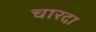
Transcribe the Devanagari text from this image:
चारदा